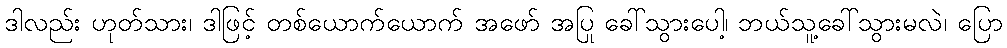
ဒါလည်း ဟုတ်သား၊ ဒါဖြင့် တစ်ယောက်ယောက် အဖော် အပြု ခေါ်သွားပေါ့၊ ဘယ်သူ့ခေါ်သွားမလဲ၊ ပြော